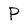
Character: P